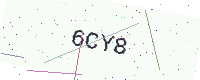
Text: 6CY8